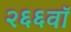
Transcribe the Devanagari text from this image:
२६६वॉ